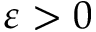
\varepsilon > 0